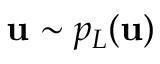
{ \bf u } \sim p _ { L } ( { \bf u } )